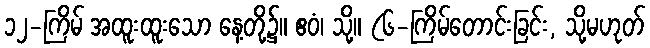
၁၂-ကြိမ် အထူးထူးသော နေ့တို့၌။ ဧဝံ၊ သို့။ (၆-ကြိမ်တောင်းခြင်း, သို့မဟုတ်